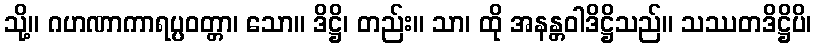
သို့။ ဂဟဏာကာရပ္ပဝတ္တာ၊ သော။ ဒိဋ္ဌိ၊ တည်း။ သာ၊ ထို အနန္တဝါဒိဋ္ဌိသည်။ သဿတဒိဋ္ဌိပိ၊